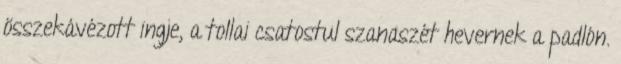
összekávézott ingje, a tollai csatostul szanaszét hevernek a padlón.